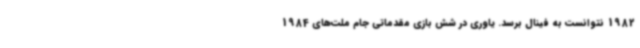
1982 نتوانست به فینال برسد. یاوری در شش بازی مقدماتی جام ملت‌های 1984